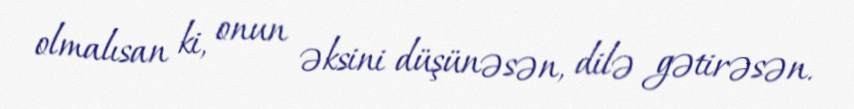
olmalısan ki, onun əksini düşünəsən, dilə gətirəsən.